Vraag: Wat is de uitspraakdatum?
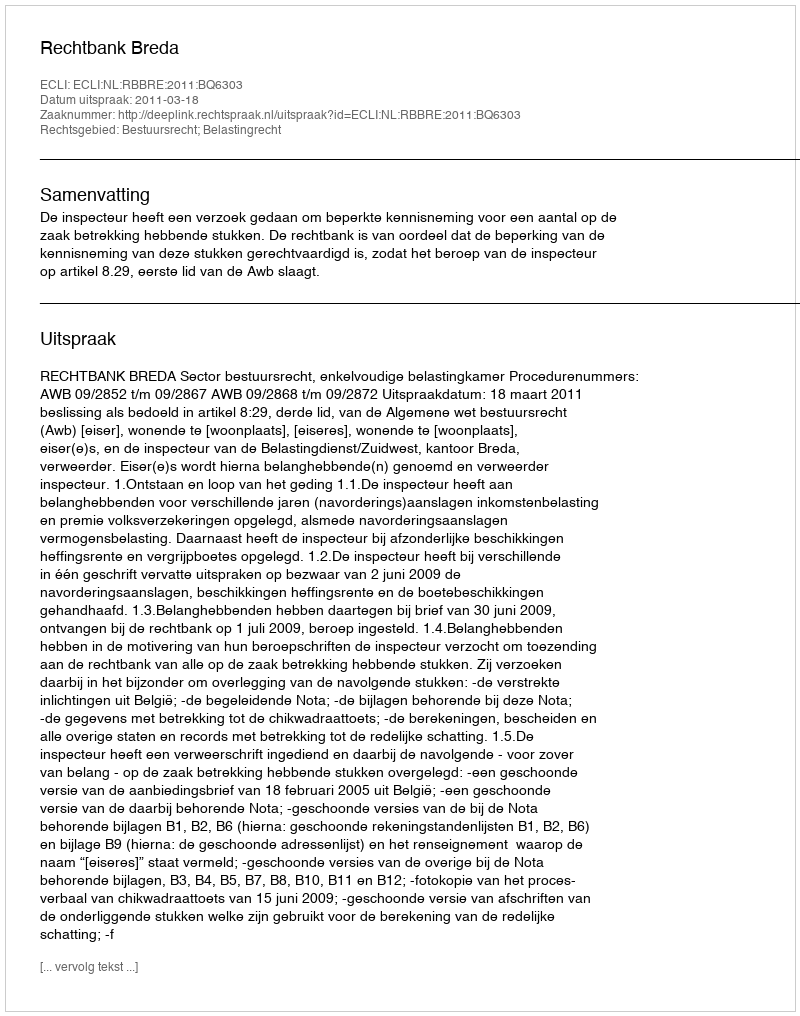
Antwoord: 2011-03-18